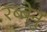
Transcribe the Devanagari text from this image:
रब्बेनु